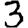
Digit: 3